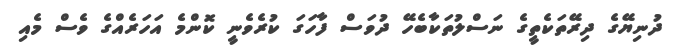
ދުނިޔޭގެ ދިރޭތަކެތީގެ ނަސްލުތަކާބެހޭ ދުވަސް ފާހަގަ ކުރެވެނީ ކޮންމެ އަހަރެއްގެ ވެސް މެއި